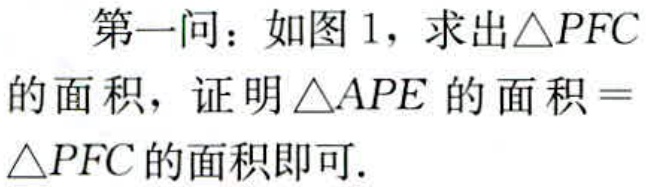
第一问：如图1，求出\(\triangle PFC\)的面积，证明\(\triangle APE\)的面积\(=\triangle PFC\)的面积即可.